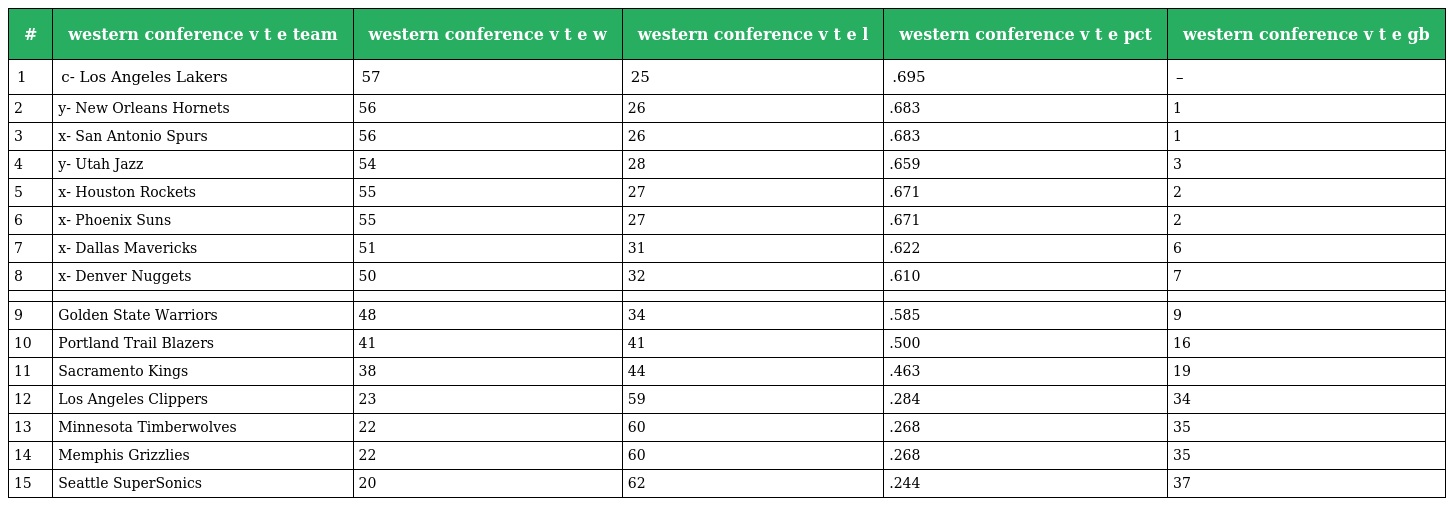
| # | western conference v t e team | western conference v t e w | western conference v t e l | western conference v t e pct | western conference v t e gb |
 | --- | --- | --- | --- | --- | --- |
 | 1 | c- Los Angeles Lakers | 57 | 25 | .695 | – |
 | 2 | y- New Orleans Hornets | 56 | 26 | .683 | 1 |
 | 3 | x- San Antonio Spurs | 56 | 26 | .683 | 1 |
 | 4 | y- Utah Jazz | 54 | 28 | .659 | 3 |
 | 5 | x- Houston Rockets | 55 | 27 | .671 | 2 |
 | 6 | x- Phoenix Suns | 55 | 27 | .671 | 2 |
 | 7 | x- Dallas Mavericks | 51 | 31 | .622 | 6 |
 | 8 | x- Denver Nuggets | 50 | 32 | .610 | 7 |
 |  |  |  |  |  |  |
 | 9 | Golden State Warriors | 48 | 34 | .585 | 9 |
 | 10 | Portland Trail Blazers | 41 | 41 | .500 | 16 |
 | 11 | Sacramento Kings | 38 | 44 | .463 | 19 |
 | 12 | Los Angeles Clippers | 23 | 59 | .284 | 34 |
 | 13 | Minnesota Timberwolves | 22 | 60 | .268 | 35 |
 | 14 | Memphis Grizzlies | 22 | 60 | .268 | 35 |
 | 15 | Seattle SuperSonics | 20 | 62 | .244 | 37 |